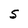
Character: 5